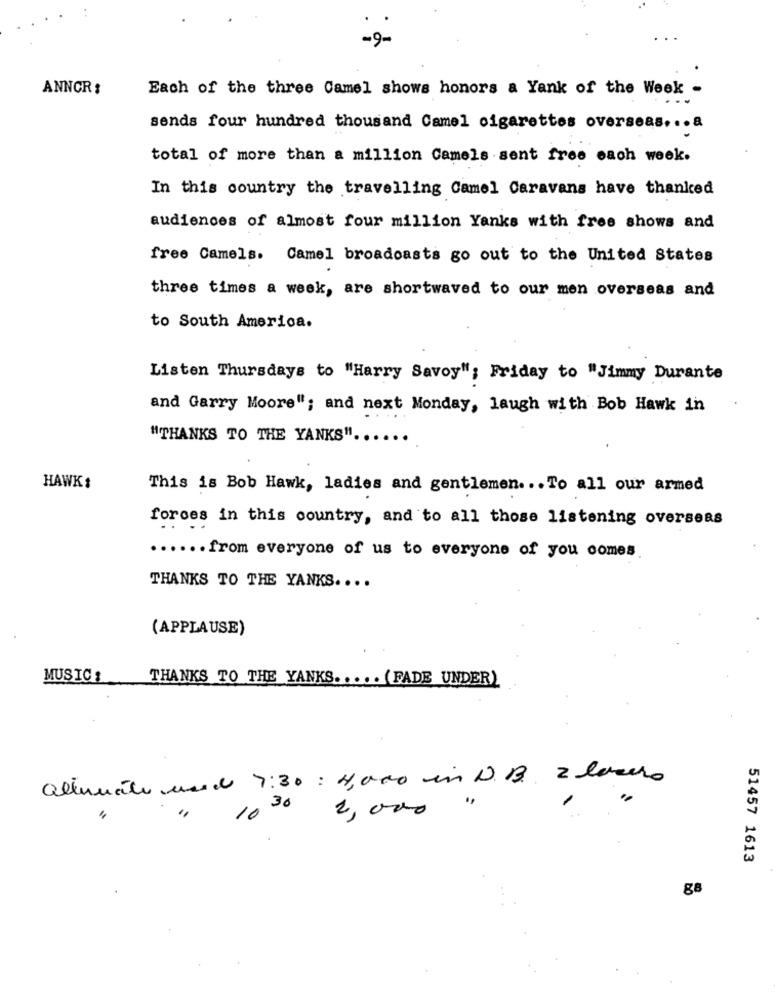
ANNCR:
Each of the three Camel shows honors a Yank of the Week -
sends four hundred thousand Camel cigarettes overseas ... a
total of more than a million Camels sent free each week.
In this country the travelling Camel Caravans have thanked
audiences of almost four million Yanks with free shows and
free Camels. Camel broadcasts go out to the United States
three times a week, are shortwaved to our men overseas and
to South America.
Listen Thursdays to "Harry Savoy"; Friday to "Jimmy Durante
and Garry Moore"; and next Monday, laugh with Bob Hawk in
"THANKS TO THE YANKS" ...
HAWK:
This is Bob Hawk, ladies and gentlemen ... To all our armed
forces in this country, and to all those listening overseas
...... from everyone of us to everyone of you comes
THANKS TO THE YANKS ....
(APPLAUSE)
MUSIC :
THANKS TO THE YANKS ..... (FADE UNDER)
alternátoruside 7:30 : 4,000 in N.B. 2 larera
"
10 30
2,000
51457 1613
88